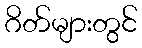
ဂိတ်များတွင်